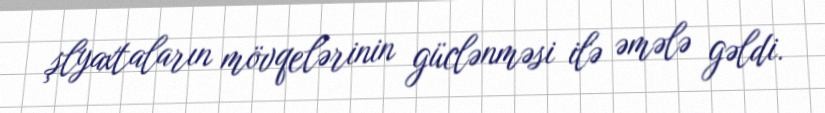
şlyaxtaların mövqelərinin güclənməsi ilə əmələ gəldi.